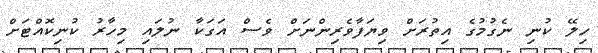
ހިލޭ ކުނި ނެގުމުގެ އިތުރަށް ވިޔަފާވެެރިންނަށް ވެސް އަގަކާ ނުލައި މިހާރު ކުނިކޮއްޓަށް